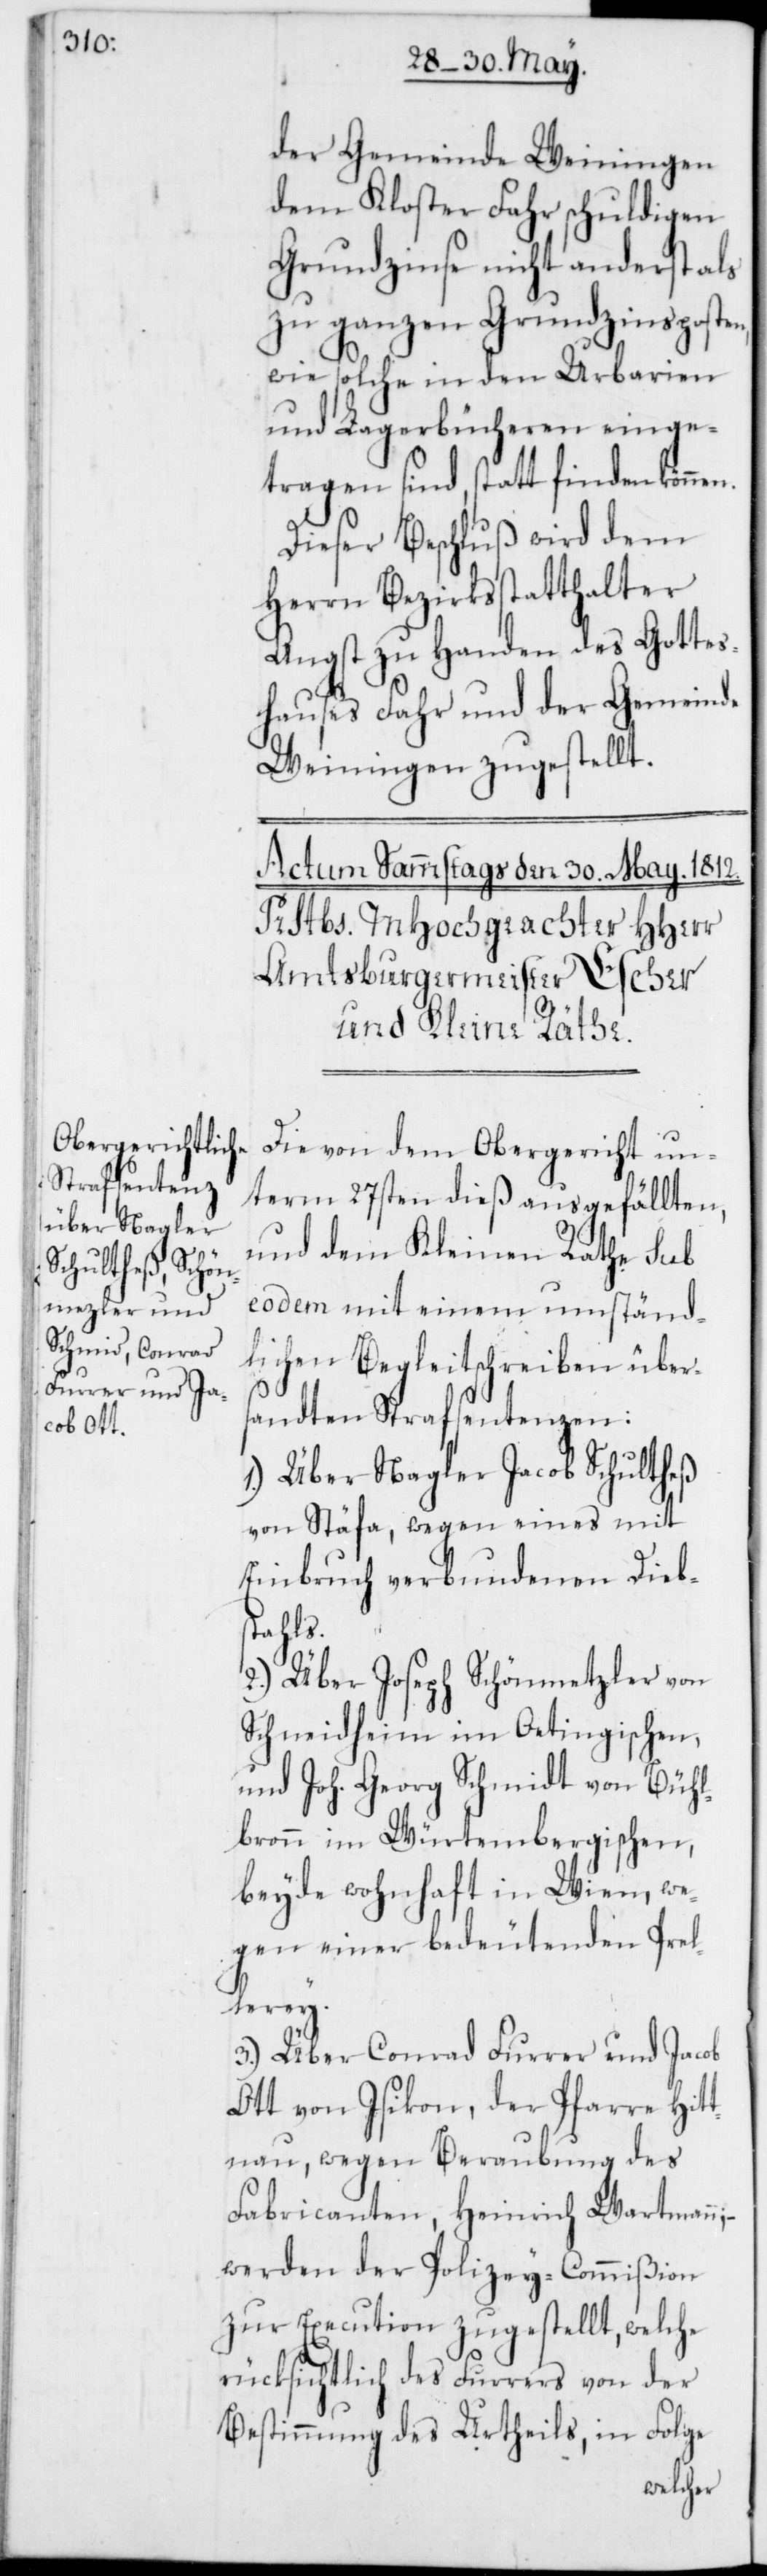
der Gemeinde Weiningen
dem Kloster Fahr schuldigen
Grundzinse nicht anderst als
zu ganzen Grundzinsposten,
wie solche in den Urbarien
und Lagerbücheren einge¬
tragen sind, statt finden könn¬
Dieser Beschluß wird dem
Herrn Bezirksstatthalter
Angst zu Handen des Gottes¬
hauses Fahr und der Gemeinde
Weiningen zugestellt
Die von dem Obergericht un¬
term 27sten dieß ausgefällten,
und dem Kleinen Rathe sub
eodem mit einem umständ¬
lichen Begleitschreiben übers¬
andten Strafsentenzen:
1.) Über Nagler Jacob Schultheß
von Stäfa, wegen eines mit
Einbruch verbundenen Dieb¬
stahls.
2.) Über Joseph Schönmetzler von
Schneidheim im Oetingischen,
und Joh. Georg Schmidt von Bühl¬
bronn im Würtembergischen,
beyde wohnhaft in Wien, we¬
gen einer bedeutenden Prel¬
lerey.
3.) Über Conrad Furrer und Jacob
Ott von Isikon, der Pfarre Hit¬
tnau, wegen Beraubung des
Fabricanten, Heinrich Wartmann;
werden der Polizey-Commißion
zur Execution zugestelltt, welche
rücksichtlich des Furrers von der
Bestimmung des Urtheils, in Folge